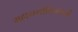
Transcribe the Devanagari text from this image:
महायशोविजयजी